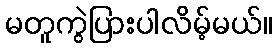
မတူကွဲပြားပါလိမ့်မယ်။